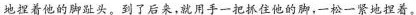
地捏着他的脚趾头。到了后来，就用手一把抓住他的脚，一松一紧地捏着。